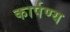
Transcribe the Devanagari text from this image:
कार्पण्य